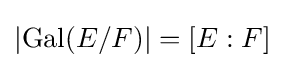
\left|\operatorname {Gal} (E/F)\right|=[E:F]